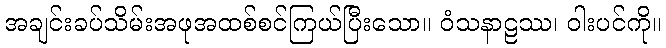
အချင်းခပ်သိမ်းအဖုအထစ်စင်ကြယ်ပြီးသော။ ဝံသနာဠဿ၊ ဝါးပင်ကို။